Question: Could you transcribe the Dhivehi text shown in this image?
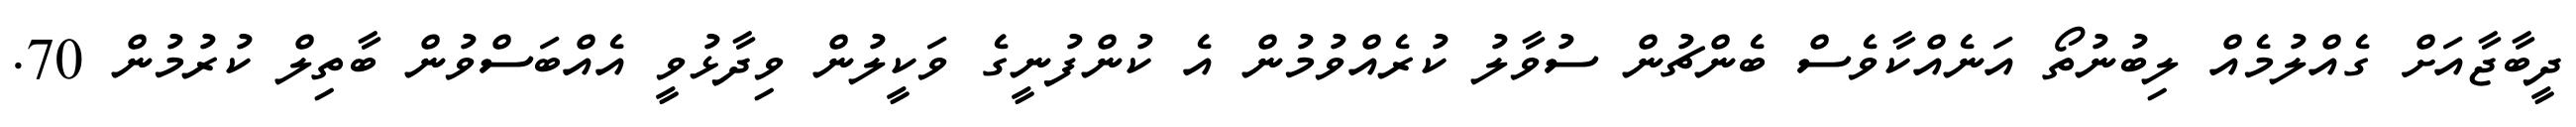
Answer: ދީބާޖާއަށް ގެއްލުމެއް ލިބުނުތޯ އަނެއްކާވެސް ބެންޗުން ސުވާލު ކުރެއްވުމުން އެ ކުންފުނީގެ ވަކީލުން ވިދާޅުވީ އެއްބަސްވުން ބާތިލް ކުރުމުން 70.